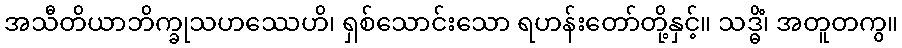
အသီတိယာဘိက္ခုသဟဿေဟိ၊ ရှစ်သောင်းသော ရဟန်းတော်တို့နှင့်။ သဒ္ဓိံ၊ အတူတကွ။